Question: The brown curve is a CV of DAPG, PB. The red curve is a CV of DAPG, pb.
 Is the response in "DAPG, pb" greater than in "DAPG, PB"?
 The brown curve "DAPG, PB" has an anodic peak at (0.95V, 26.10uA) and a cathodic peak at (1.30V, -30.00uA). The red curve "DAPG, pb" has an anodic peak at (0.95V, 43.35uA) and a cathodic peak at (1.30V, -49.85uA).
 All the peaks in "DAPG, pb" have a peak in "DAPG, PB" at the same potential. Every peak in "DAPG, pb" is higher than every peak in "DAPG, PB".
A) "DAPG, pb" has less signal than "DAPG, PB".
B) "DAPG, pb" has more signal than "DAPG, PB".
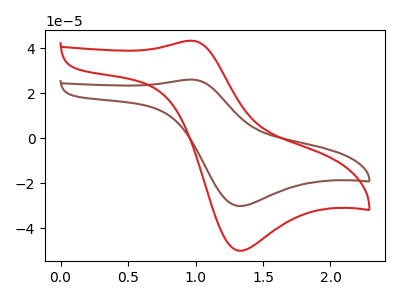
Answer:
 <answer>B) "DAPG, pb" has more signal than "DAPG, PB".</answer>
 <eval>B</eval>